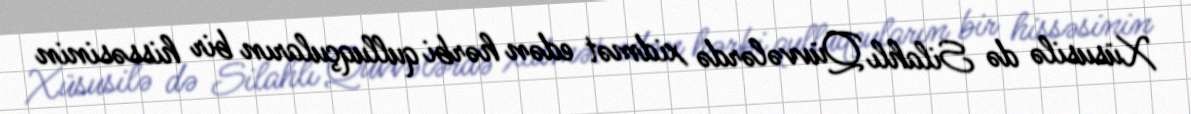
Xüsusilə də Silahlı Qüvvələrdə xidmət edən hərbi qulluqçuların bir hissəsinin